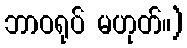
ဘာဝရုပ် မဟုတ်။)